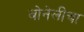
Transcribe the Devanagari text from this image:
बोनेलीचा